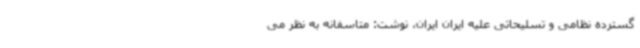
گسترده نظامی و تسلیحاتی علیه ایران ایران، نوشت: متاسفانه به نظر می